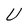
Character: U